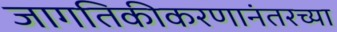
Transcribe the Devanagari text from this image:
जागतिकीकरणानंतरच्या